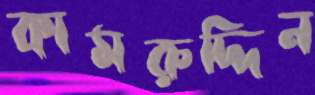
কামরুদ্দিন